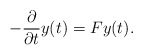
\begin{align*} - \frac{\partial}{\partial t} y (t) = F y(t) .\end{align*}